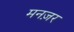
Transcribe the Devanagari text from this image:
मनज़र